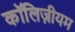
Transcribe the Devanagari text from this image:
कॉलिज़ीयम